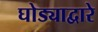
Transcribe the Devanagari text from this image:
घोड्याद्वारे